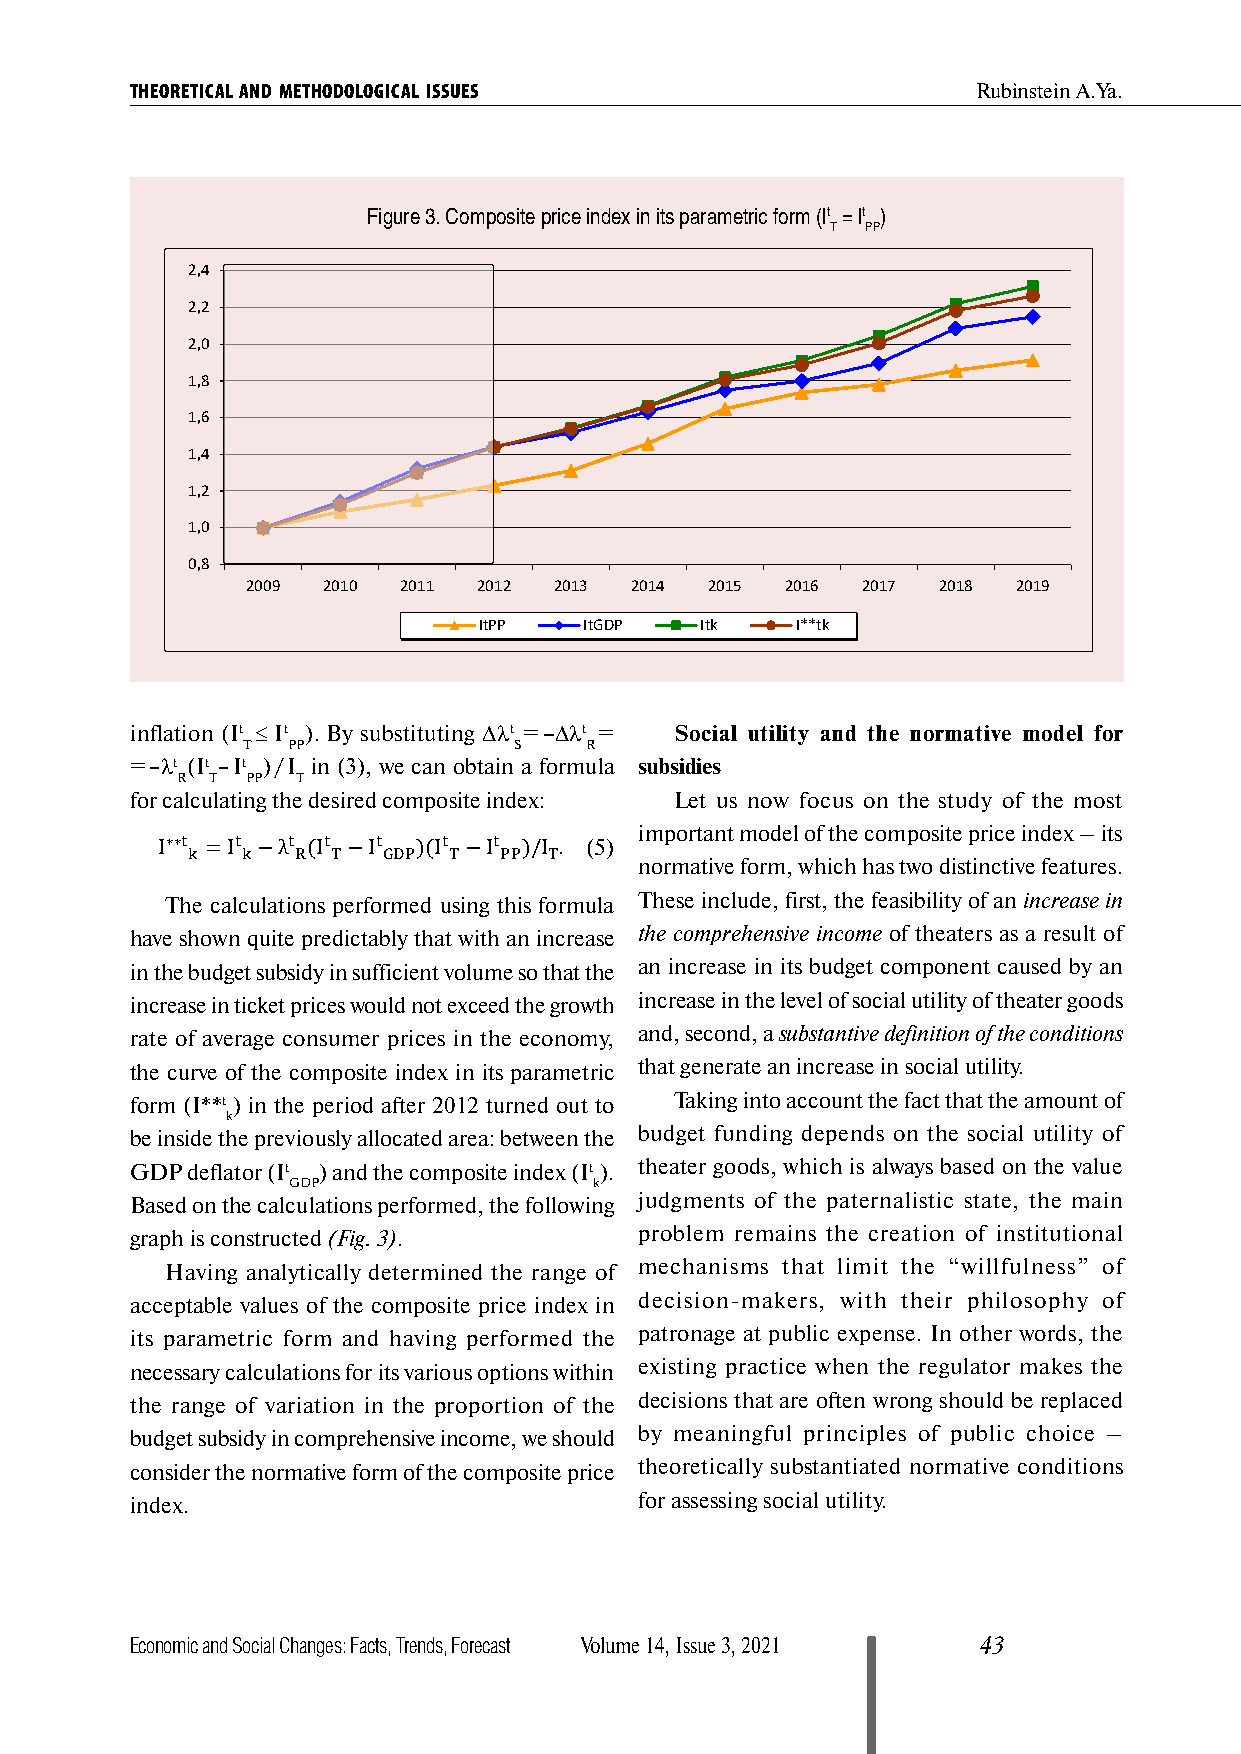
THEORETICAL AND METHODOLOGICAL ISSUES                   Rubinstein A.Ya.
 Figure 3. Composite price index in its parametric form (It = It )
 T PP
 2,4
 2,2
 2,0
 1,8
 1,6
 1,4
 1,2
 1,0
 0,8
 2009 2010 2011  2012 2013 2014 2015 2016 2017 2018 2019
 ItPP   ItGDP  Itk    I**tk
 inflation (It ≤ It ). By substituting ∆λt = ∆λt = Social utility and the normative model for
 T  PP             S    R
 = λt (It It ) / I in (3), we can obtain a formula subsidies
 R T PP  T               –
 for calculating the desired composite index: Let us now focus on the study of the most
 –   –
 important model of the composite price index – its
 (5)
 normative form, which has two distinctive features.
 ∗∗t  t  t t   t   t   t
 I Thk e = caI lck u− laλ tioR n(I s T pe− rfI orG mDP e) d( I uT si− ngI tP hP i) s/ fI oT r. mula These include, first, the feasibility of an increase in
 have shown quite predictably that with an increase the comprehensive income of theaters as a result of
 in the budget subsidy in sufficient volume so that the an increase in its budget component caused by an
 increase in ticket prices would not exceed the growth increase in the level of social utility of theater goods
 rate of average consumer prices in the economy, and, second, a substantive definition of the conditions
 the curve of the composite index in its parametric that generate an increase in social utility.
 form (I**t ) in the period after 2012 turned out to Taking into account the fact that the amount of
 k
 be inside the previously allocated area: between the budget funding depends on the social utility of
 GDP deflator (It ) and the composite index (It ). theater goods, which is always based on the value
 GDP                 k
 Based on the calculations performed, the following judgments of the paternalistic state, the main
 graph is constructed (Fig. 3).   problem remains the creation of institutional
 Having analytically determined the range of mechanisms that limit the “willfulness” of
 acceptable values of the composite price index in decision-makers, with their philosophy of
 its parametric form and having performed the patronage at public expense. In other words, the
 necessary calculations for its various options within existing practice when the regulator makes the
 the range of variation in the proportion of the decisions that are often wrong should be replaced
 budget subsidy in comprehensive income, we should by meaningful principles of public choice –
 consider the normative form of the composite price theoretically substantiated normative conditions
 index.                           for assessing social utility.
 Economic and Social Changes: Facts, Trends, Forecast Volume 14, Issue 3, 2021 43